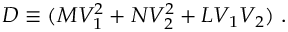
{ \cal D } \equiv ( M V _ { 1 } ^ { 2 } + N V _ { 2 } ^ { 2 } + L V _ { 1 } V _ { 2 } ) \ .